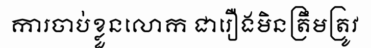
ការចាប់ខ្លួនលោក ជារឿងមិនត្រឹមត្រូវ